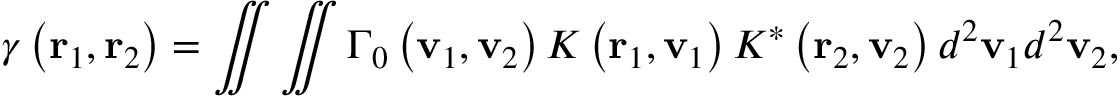
\gamma \left( { \bf { r } } _ { 1 } , { \bf { r } } _ { 2 } \right) = \iint { \iint { { { \Gamma } _ { 0 } } \left( { \bf { v } } _ { 1 } , { \bf { v } } _ { 2 } \right) K \left( { \bf { r } } _ { 1 } , { \bf { v } } _ { 1 } \right) { { K } ^ { * } } \left( { \bf { r } } _ { 2 } , { \bf { v } } _ { 2 } \right) { { d } ^ { 2 } } { { \bf { v } } _ { 1 } } } { { d } ^ { 2 } } { { \bf { v } } _ { 2 } } } ,